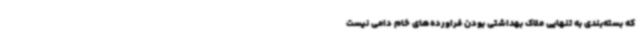
که بسته‌بندی به تنهایی ملاک بهداشتی بودن فراورده‌های خام دامی نیست